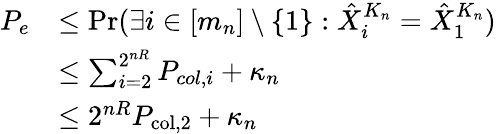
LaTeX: \begin{array}{rl}{P_{e}}&{\le\operatorname*{Pr}(\exists i\in[m_{n}]\setminus\{ 1\} :\hat{X}_{i}^{K_{n}}=\hat{X}_{1}^{K_{n}})}\\ &{\le\sum_{i=2}^{2^{nR}}P_{col,i}+\kappa_{n}}\\ &{\le 2^{nR}P_{\mathrm{col,2}}+\kappa_{n}}\end{array}